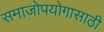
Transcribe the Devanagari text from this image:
समाजोपयोगासाठी